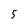
Character: 5